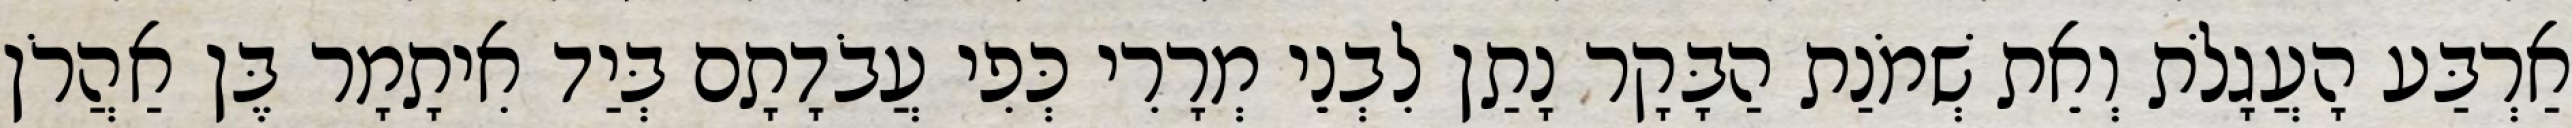
אַרְבַּע הָעֲגָלֹת וְאֵת שְׁמֹנַת הַבָּקָר נָתַן לִבְנֵי מְרָרִי כְּפִי עֲבֹדָתָם בְּיַד אִיתָמָר בֶּן אַהֲרֹן